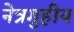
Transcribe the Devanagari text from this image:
नेत्रगुहीय